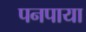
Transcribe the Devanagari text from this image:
पनपाया